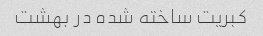
کبریت ساخته شده در بهشت